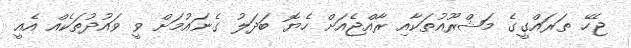
ޖެހޭ ތަރައްގީގެ މަޝްރޫއުތަކާއި ރާއްޖެއަށް ހެޔޮ ބަދަލު ގެނައުމަށް ވީ ވައުދުތަކެއް އެއީ